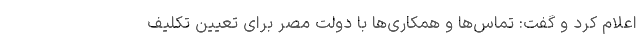
اعلام کرد و گفت: تماس‌ها و همکاری‌ها با دولت مصر برای تعیین تکلیف